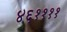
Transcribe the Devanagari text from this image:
४६११११